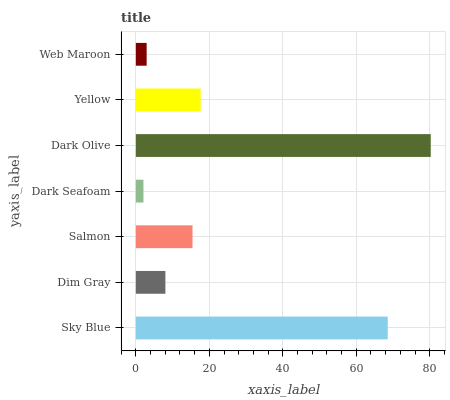
| yaxis_label | bars |
 | --- | --- |
 | Sky Blue | 68.6 |
 | Dim Gray | 8.04 |
 | Salmon | 15.4 |
 | Dark Seafoam | 2.07 |
 | Dark Olive | 80.3 |
 | Yellow | 17.6 |
 | Web Maroon | 2.94 |